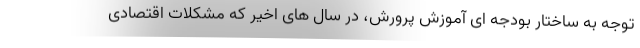
توجه به ساختار بودجه ای آموزش پرورش، در سال های اخیر که مشکلات اقتصادی